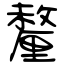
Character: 釐